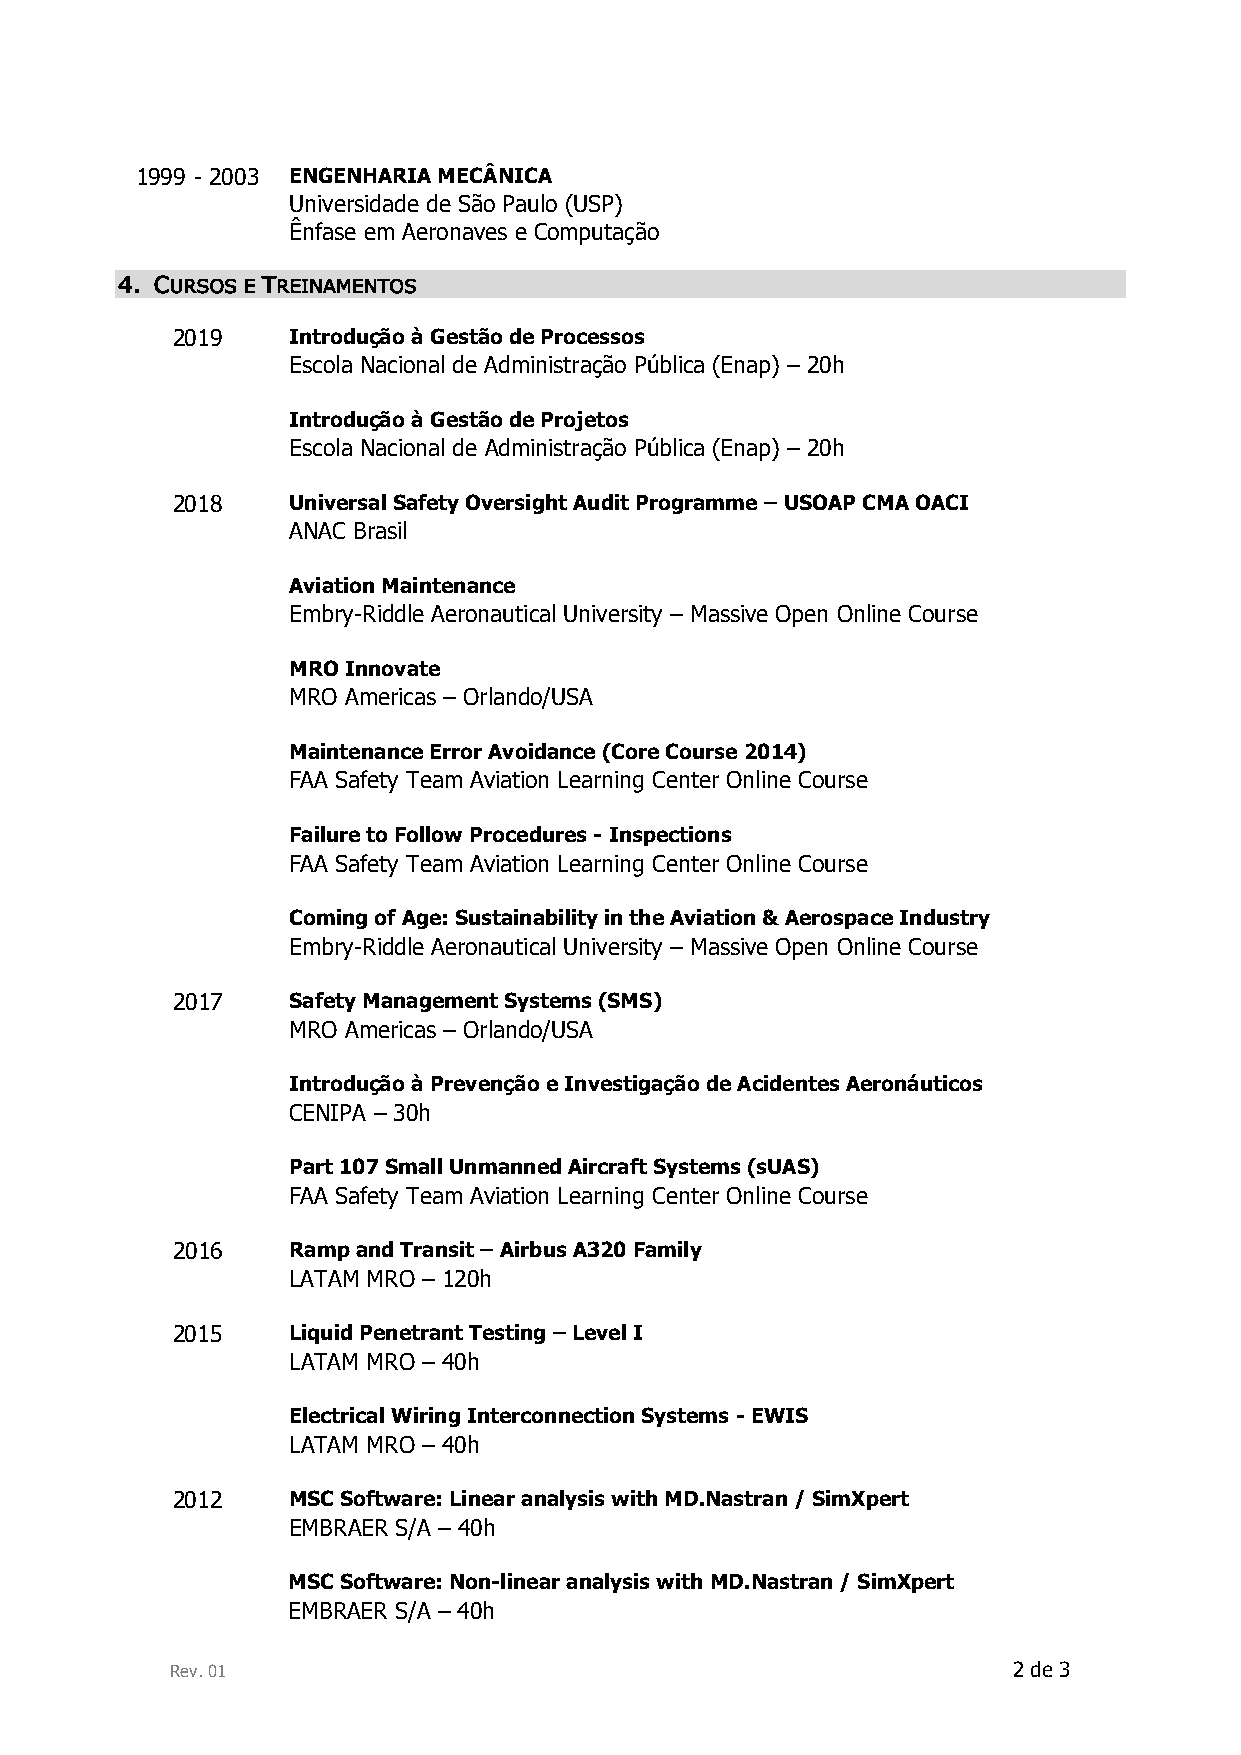
1999 - 2003 ENGENHARIA MECÂNICA
 Universidade de São Paulo (USP)
 Ênfase em Aeronaves e Computação
 4. CURSOS E TREINAMENTOS
 2019    Introdução à Gestão de Processos
 Escola Nacional de Administração Pública (Enap) – 20h
 Introdução à Gestão de Projetos
 Escola Nacional de Administração Pública (Enap) – 20h
 2018    Universal Safety Oversight Audit Programme – USOAP CMA OACI
 ANAC Brasil
 Aviation Maintenance
 Embry-Riddle Aeronautical University – Massive Open Online Course
 MRO Innovate
 MRO Americas – Orlando/USA
 Maintenance Error Avoidance (Core Course 2014)
 FAA Safety Team Aviation Learning Center Online Course
 Failure to Follow Procedures - Inspections
 FAA Safety Team Aviation Learning Center Online Course
 Coming of Age: Sustainability in the Aviation & Aerospace Industry
 Embry-Riddle Aeronautical University – Massive Open Online Course
 2017    Safety Management Systems (SMS)
 MRO Americas – Orlando/USA
 Introdução à Prevenção e Investigação de Acidentes Aeronáuticos
 CENIPA – 30h
 Part 107 Small Unmanned Aircraft Systems (sUAS)
 FAA Safety Team Aviation Learning Center Online Course
 2016    Ramp and Transit – Airbus A320 Family
 LATAM MRO – 120h
 2015    Liquid Penetrant Testing – Level I
 LATAM MRO – 40h
 Electrical Wiring Interconnection Systems - EWIS
 LATAM MRO – 40h
 2012    MSC Software: Linear analysis with MD.Nastran / SimXpert
 EMBRAER S/A – 40h
 MSC Software: Non-linear analysis with MD.Nastran / SimXpert
 EMBRAER S/A – 40h
 Rev. 01                                                 2 de 3